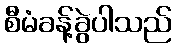
စီမံခန့်ခွဲပါသည်